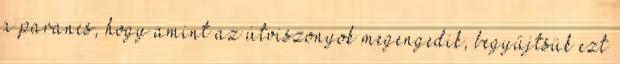
a parancs, hogy amint az útviszonyok megengedik, begyűjtsük ezt